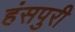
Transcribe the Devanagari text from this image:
हंसपुरी